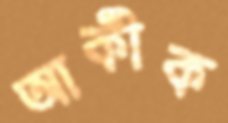
আকীক